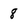
Character: 8